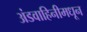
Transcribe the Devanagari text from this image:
अंडवाहिनीमधून